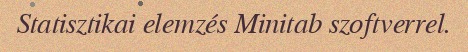
Statisztikai elemzés Minitab szoftverrel.